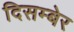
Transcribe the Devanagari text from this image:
दिसम्बेर